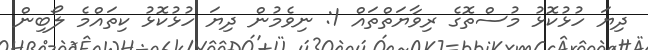
ދިޔަ ހުޅުކޮޅު މުސްތޮގެ ރިވާޔަތްތައް 1: ނިވެމުން ދިޔަ ހުޅުކޮޅު ކިތައްމެ ލޯބިން